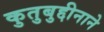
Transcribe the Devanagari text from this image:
कुतुबुद्दीनाने